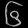
Digit: ၆